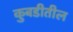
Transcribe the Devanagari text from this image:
कुबडीतील